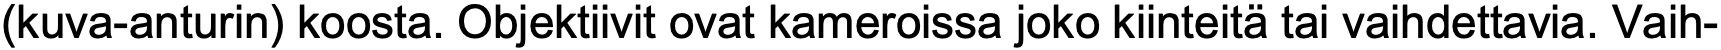
(kuva-anturin) koosta. Objektiivit ovat kameroissa joko kiinteitä tai vaihdettavia. Vaih-